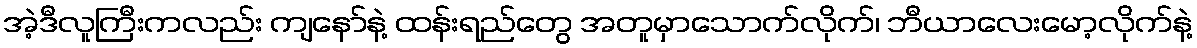
အဲ့ဒီလူကြီးကလည်း ကျနော်နဲ့ ထန်းရည်တွေ အတူမှာသောက်လိုက်၊ ဘီယာလေးမော့လိုက်နဲ့